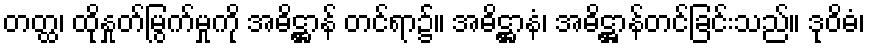
တတ္ထ၊ ထိုနှုတ်မြွက်မှုကို အဓိဋ္ဌာန် တင်ရာ၌။ အဓိဋ္ဌာနံ၊ အဓိဋ္ဌာန်တင်ခြင်းသည်။ ဒုဝိဓံ၊